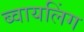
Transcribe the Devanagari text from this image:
ब्वायलिंग